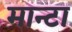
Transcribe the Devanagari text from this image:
मान्टा